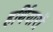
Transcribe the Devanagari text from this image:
हर्थियारों